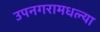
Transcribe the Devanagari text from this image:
उपनगरामधल्या